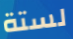
لستة